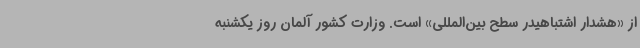
از «هشدار اشتباهیدر سطح بین‌المللی» است. وزارت کشور آلمان روز یکشنبه